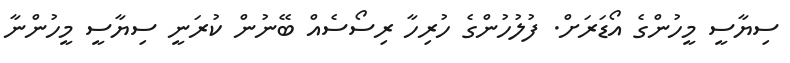
ސިޔާސީ މީހުންގެ އޯޑަރަށް. ފުލުހުންގެ ހުރިހާ ރިސޯސެއް ބޭނުން ކުރަނީ ސިޔާސީ މީހުންނާ